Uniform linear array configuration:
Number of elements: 8
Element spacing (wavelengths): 1
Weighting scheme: hann
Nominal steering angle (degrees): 0
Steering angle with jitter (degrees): -1.956
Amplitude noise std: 0.05
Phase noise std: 0.05

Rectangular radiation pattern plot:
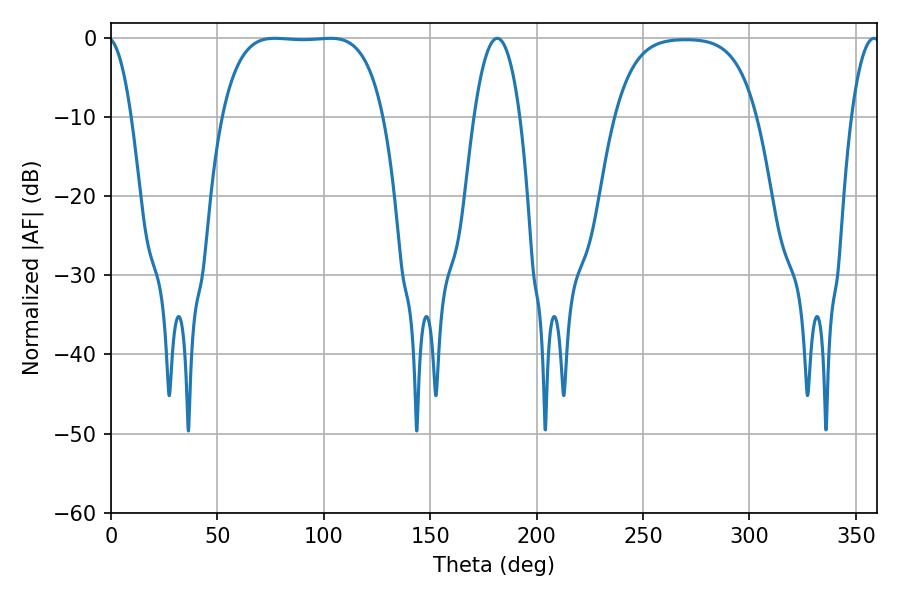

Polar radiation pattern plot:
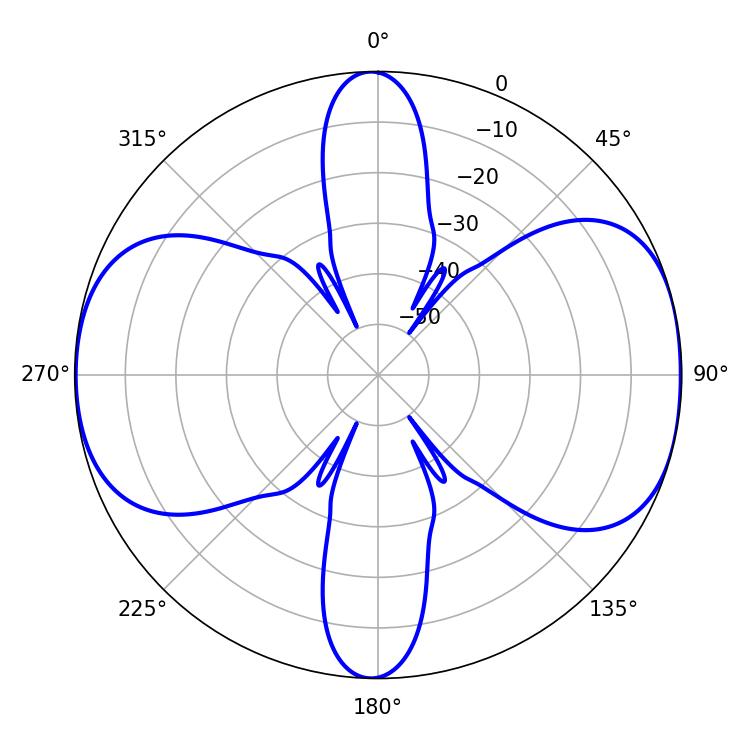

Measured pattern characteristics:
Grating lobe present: TRUE
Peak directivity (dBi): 9.813
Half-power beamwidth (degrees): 59.04
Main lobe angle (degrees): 76.86